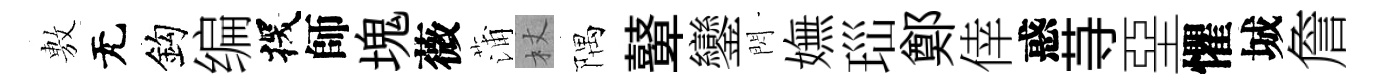
𢾾无鈎编探師塊薇蒲杖隅鼙鑾閃嫵𤤼鄭倖惑䒭堊懼城詹